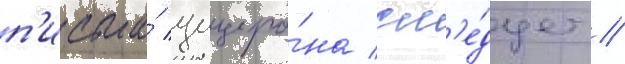
п'исьма́ цицеро́на сл'е́дует /